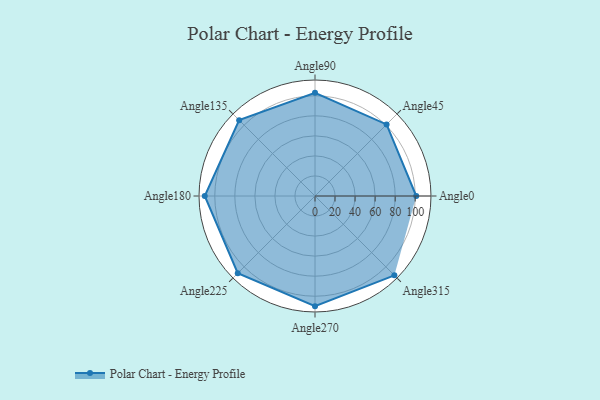
{"axis": {"x": "Angle", "y": "Radius"}, "legend": [""], "data": [{"x": "Angle0", "y": 101.0, "type": ""}, {"x": "Angle45", "y": 101.0, "type": ""}, {"x": "Angle90", "y": 103.0, "type": ""}, {"x": "Angle135", "y": 107.0, "type": ""}, {"x": "Angle180", "y": 110.0, "type": ""}, {"x": "Angle225", "y": 109.0, "type": ""}, {"x": "Angle270", "y": 110.0, "type": ""}, {"x": "Angle315", "y": 112.0, "type": ""}]}